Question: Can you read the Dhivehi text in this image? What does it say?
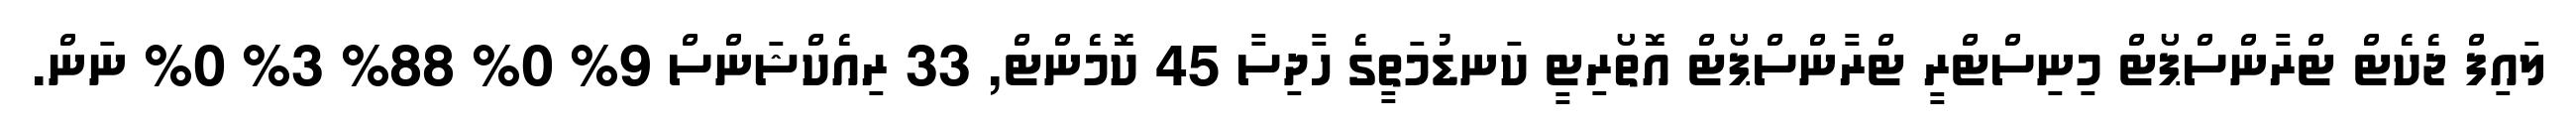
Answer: ލައިފް ޖެކެޓް ޓްރާންސްޕޯޓް މިނިސްޓްރީ ޓްރާންސްޕޯޓް އޮތޯރިޓީ ކަނޑުމަތީގެ ހާދިސާ 45 ކޮމެންޓް, 33 ރިއެކްޝަންސް 9% 0% 88% 3% 0% ނަން.